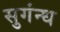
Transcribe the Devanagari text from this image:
सुगंन्ध